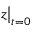
z \big | _ { t = 0 }